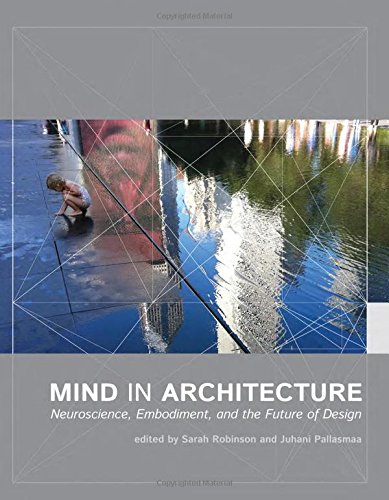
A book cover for Mind in Architecture: Neuroscience, Embodiment, and the Future of Design; Arts & Photography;